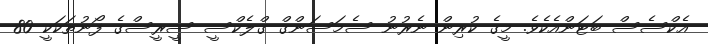
އެކްސެސް ބަޓަންއެކެވެ. މީގެ ކުރިން ނެރުނު ސެމަސަންގް ގްލެކްސީ ސީރީސްގެ ފޯނުތަކަކީ 80